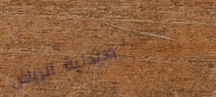
صيدلية الرياض